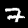
Label: 7